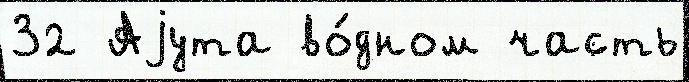
32 Аjута во́дном часть